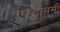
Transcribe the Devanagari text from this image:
एस्ट्रानमी